Report of the Municipal Commissioner on the plague in Bombay for the year ending 31st May... - Volume 3
Disease focus: Plague
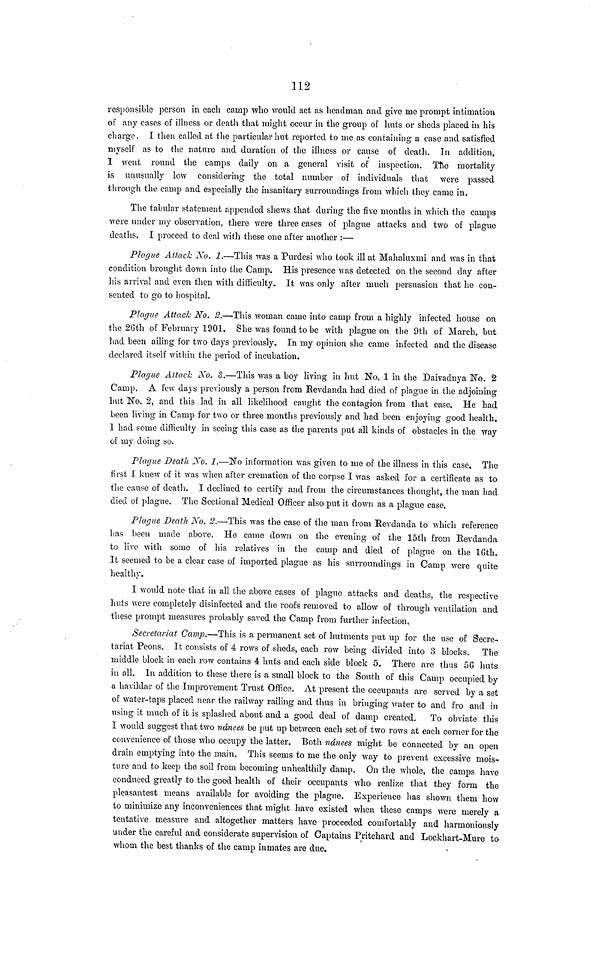
112
responsible person in each camp who would act as headman and give me prompt intimation
of any cases of illness or death that might occur in the group of huts or sheds placed in his
charge. I then called at the particular hut reported to me as containing a case and satisfied
myself as to the nature and duration of the illness or cause of death. In addition,
I went round the camps daily on a general visit of inspection. The mortality
is unusually low considering the total number of individuals that were passed
through the camp and especially the insanitary surroundings from which they came in.
The tabular statement appended shews that during the five months in which the camps
were under my observation, there were three cases of plague attacks and two of plague
deaths. I proceed to deal with these one after another :—
Plague Attach No. 1.—This was a Purdesi who took ill at Mahaluxmi and was in that
condition brought down into the Camp. His presence was detected on the second day after
his arrival and even then with difficulty. It was only after much persuasion that he con-
sented to go to hospital.
Plague Attack No. 2.—This woman came into camp from a highly infected house on
the 2Gth of February 1901. She was found to be with plague on the 9th of March, but
had been ailing for two days previously. In my opinion she came infected and the disease
declared itself within the period of incubation.
Plague Attach No. 8.—This was a boy living in hut No. 1 in the Daivadnya No. 2
Camp. A few days previously a person from Revdanda had died of plague in the adjoining
hut No. 2, and this lad in all likelihood caught the contagion from that case. He had
been living in Camp for two or three months previously and had been enjoying good health.
1 had some difficulty in seeing this case as the parents put all kinds of obstacles in the way
of my doing so.
Plague Death No. 1.—No information was given to me of the illness in this case. The
first I knew of it was when after cremation of the corpse I was asked for a certificate as to
the cause of death. I declined to certify and from the circumstances thought, the man had
died of plague. The Sectional Medical Officer also put it down as a plague case.
Plague Death No. 2.—This was the case of the man from Revdanda to which reference
has been made above. He came down on the evening of the 15th from Revdanda
to live with some of his relatives in the camp and died of plague on the 16th.
It seemed to be a clear case of imported plague as his surroundings in Camp were quite
healthy.
I would note that in all the above cases of plague attacks and deaths, the respective
huts were completely disinfected and the roofs removed to allow of through ventilation and
these prompt measures probably saved the Camp from further infection.
Secretariat Camp.—This is a permanent set of hutments put up for the use of Secre-
tariat Peons. It consists of 4 rows of sheds, each row being divided into 3 blocks. The
middle block in each row contains 4 huts and each side block 5. There are thus 56 huts
in all. In addition to these there is a small block to the South of this Camp occupied by
a havildar of the Improvement Trust Office. At present the occupants are served by a set
of water-taps placed near the railway railing and thus in bringing water to and fro and in
using it much of it is splashed about and a good deal of damp created. To obviate this
1 would suggest that two nánees be put up between each set of two rows at each corner for the
convenience of those who occupy the latter. Both nanees might be connected by an open
drain emptying into the main. This seems to me the only way to prevent excessive mois-
ture and to keep the soil from becoming unhealthily damp. On the whole, the camps have
conduced greatly to the good health of their occupants who realize that they form the
pleasantest means available for avoiding the plague. Experience has shown them how
to minimize any inconveniences that might have existed when these camps were merely a
tentative measure and altogether matters have proceeded comfortably and harmoniously
under the careful and considerate supervision of Captains Pritchard and Lockhart-Mure to
whom the best thanks of the camp inmates are due.